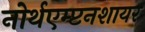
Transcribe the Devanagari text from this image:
नोर्थएम्प्टनशायर